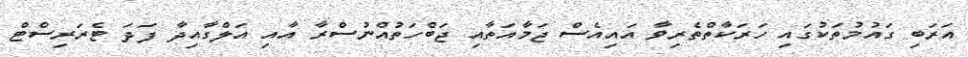
އަރަބި ގައުމުތަކުގައި ހަރަކާތްތެރިވާ އައިއެސް ޖަމާއަތާއި ޖަބްހަތުއްނުސްރާ އާއި އަލްގާއިދާ ފަދަ ޓެރަރިސްޓް